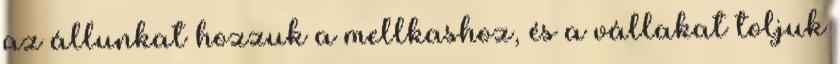
az állunkat hozzuk a mellkashoz, és a vállakat toljuk